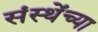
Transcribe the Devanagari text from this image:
संस्थेंच्या